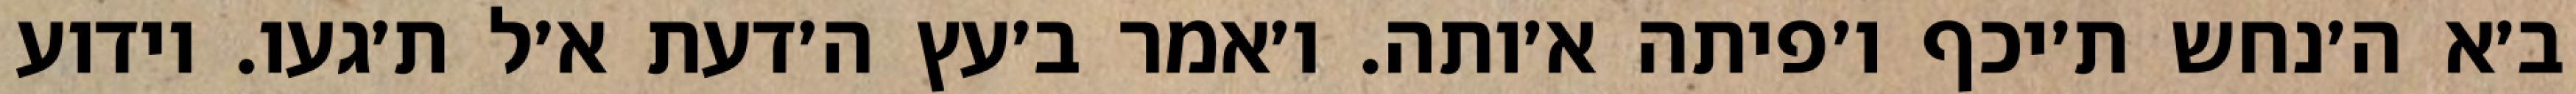
ב׳א ה׳נחש ת׳יכף ו׳פיתה א׳ותה. ו׳אמר ב׳עץ ה׳דעת א׳ל ת׳געו. וידוע